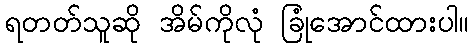
ရတတ်သူဆို အိမ်ကိုလုံ ခြုံအောင်ထားပါ။